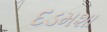
દડમશા